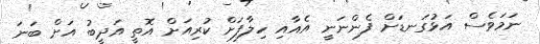
ނަމަވެސް އަޅުގަނޑަށް ފެންނަނީ އެއާއި ހިލާފަށް ކުރިއަށް އޮތީ އަދީބު އަށް ބަނަ